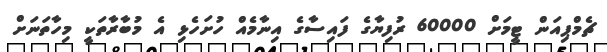
ޗެމްޕިއަން ޓީމަށް 60000 ރުފިޔާގެ ފައިސާގެ އިނާމެއް ހުށަހެޅި އެ މުބާރާތަކީ މިހާތަނަށް